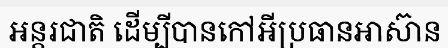
អន្តរជាតិ ដើម្បីបានកៅអីប្រធានអាស៊ាន